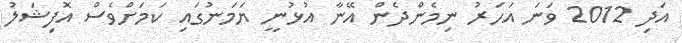
އަދި 2012 ވަނަ އަހަރު ނިމެންދެން އޭނާ އުޅުނީ ޔަމަނުގައި ކަަމަށްވެސް އޮފިޝަލު